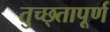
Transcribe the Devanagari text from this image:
तुच्छ्तापूर्ण